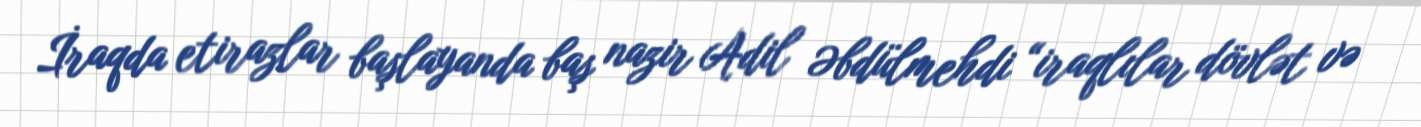
İraqda etirazlar başlayanda baş nazir Adil Əbdülmehdi “iraqlılar dövlət və